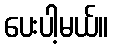
ပေးပါ့မယ်။